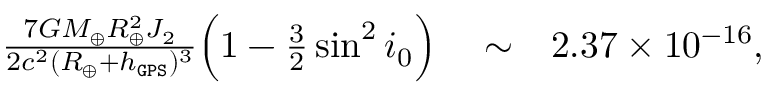
\begin{array} { r l r } { \frac { 7 G M _ { \oplus } R _ { \oplus } ^ { 2 } J _ { 2 } } { 2 c ^ { 2 } ( R _ { \oplus } + h _ { \tt G P S } ) ^ { 3 } } \Big ( 1 - { \textstyle \frac { 3 } { 2 } } \sin ^ { 2 } i _ { 0 } \Big ) } & { { } \sim } & { 2 . 3 7 \times 1 0 ^ { - 1 6 } , } \end{array}